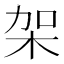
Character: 架